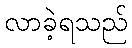
လာခဲ့ရသည်